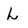
Character: L